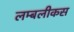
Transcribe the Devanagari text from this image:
लम्बलीकस